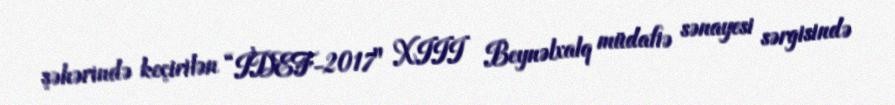
şəhərində keçirilən “İDEF-2017" XIII Beynəlxalq müdafiə sənayesi sərgisində